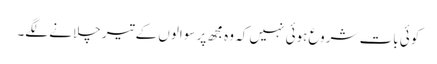
کوئی بات شروع ہوئی نہیں کہ وہ مجھ پر سوالوں کے تیر چلانے لگے۔